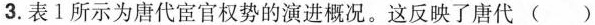
3. 表1所示为唐代宦官权势的演进概况。这反映了唐代（）